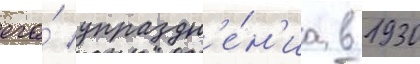
его́ упраздн'е́н'иа в 1930